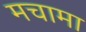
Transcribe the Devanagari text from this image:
मचामा